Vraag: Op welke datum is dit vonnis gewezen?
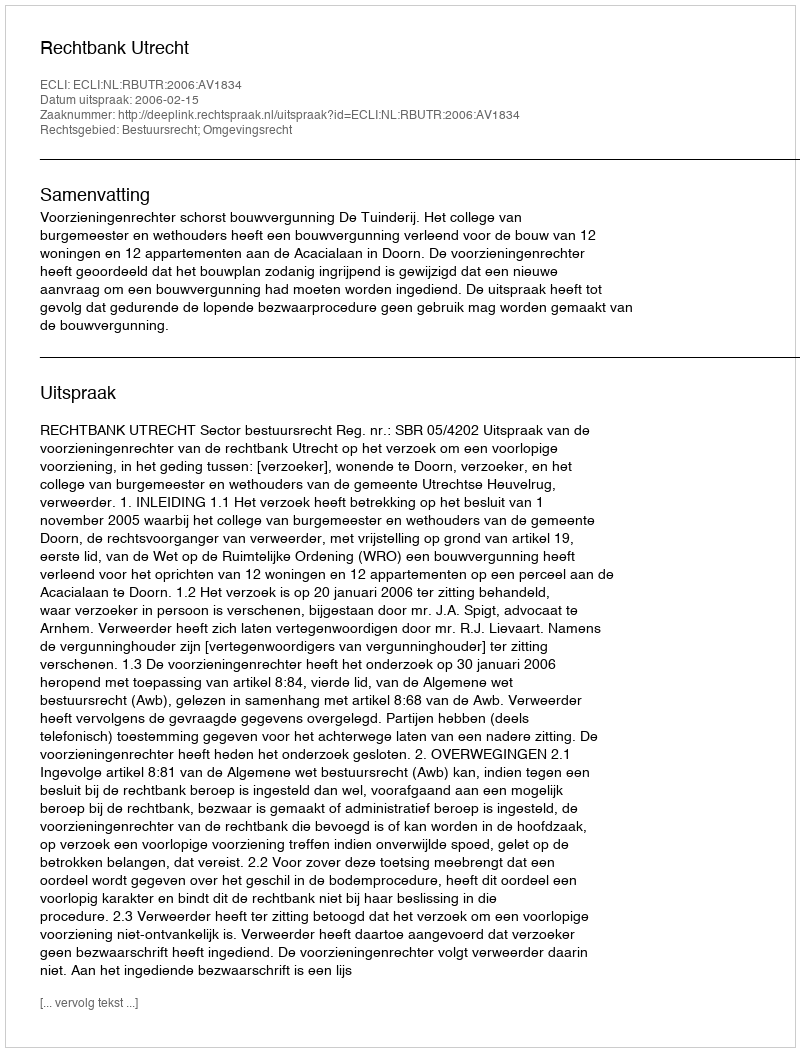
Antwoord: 2006-02-15